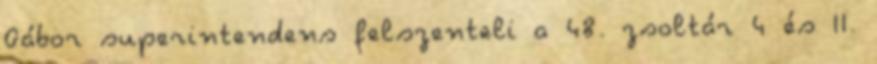
Gábor superintendens felszenteli a 48. zsoltár 4 és II.